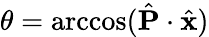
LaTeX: \theta=\operatorname{arccos}(\hat{\mathbf{P}}\cdot\hat{\mathbf{x}})